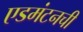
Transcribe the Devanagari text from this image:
एडमंटनची